Standardisation of Calmette's anti-venomous serum with pure cobra venom - Number 1
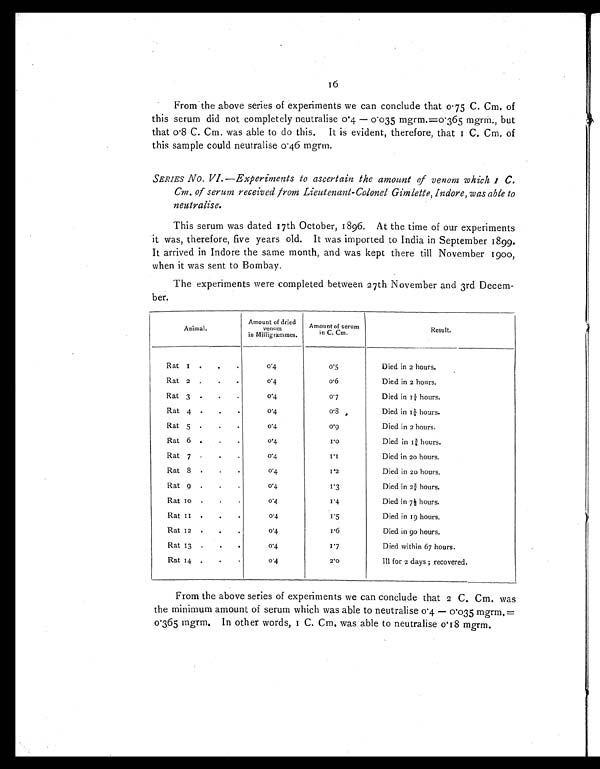
16
From the above series of experiments we can conclude that 0.75 C. Cm. of
this serum did not completely neutralise 0.4 — 0.035 mgrm.=0.365 mgrm., but
that 0.8 C. Cm. was able to do this. It is evident, therefore, that 1 C. Cm. of
this sample could neutralise 0.46 mgrm.
SERIES No. VI.—Experiments to ascertain the amount of venom which 1 C.
Cm. of serum received from Lieutenant-Colonel Gimlette, Indore, was able to
n e u t r a l i s e .
This serum was dated 17th October, 1896. At the time of our experiments
it was, therefore, five years old. It was imported to India in September 1899.
It arrived in Indore the same month, and was kept there till November 1900,
when it was sent to Bombay.
The experiments were completed between 27th November and 3rd Decem
ber.
Animal.
Amount of dried
venom
in Milligrammes.
Amount of serum
in C. Cm.
Result.
Rat 1 . . .
0.4
0.5
Died in 2 hours.
Rat 2 . . .
0.4
0 . 6 Died in 2 hours.
Rat 3 . . .
0.4
0.7
Died in 1¼ hours.
Rat 4 . . .
0.4
0 . 8 Died in 1¼ hours.
Rat 5 . . .
0.4
0.9
Died in 2 hours.
Rat 6 . . .
0.4
1 . 0 Died in 2 hours.
Rat 7 . . .
0.4
1.1
Died in 20 hours.
Rat 8 . . .
0 . 4
1 . 2 Died in 20 hours.
Rat 9 . . .
0.4
1 . 3 Died in 2¾ hours.
Rat 10 . . .
0 . 4
1.4
Died in 7½ hours.
Rat 11 . . .
0.4
1 . 5 Died in 19 hours.
Rat 12 . . .
0.4
1 . 6 Died in 90 hours.
Rat 13 . . .
0.4
1.7
Died within 67 hours.
Rat 14 . . .
0.4
2 . 0 Ill for 2 days ; recovered.
From the above series of experiments we can conclude that 2 C. Cm. was
the minimum amount of serum which was able to neutralise 0.4 — 0.035 mgrm.=
0.365 mgrm. In other words, 1 C. Cm. was able to neutralise 0.18 mgrm.